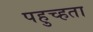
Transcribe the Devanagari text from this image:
पहुच्हता